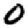
Digit: 0